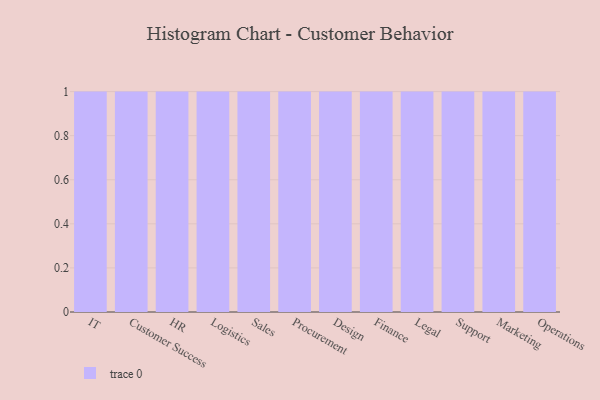
{"axis": {"x": "Department", "y": "Headcount"}, "legend": [""], "data": [{"x": "IT", "y": 78, "type": ""}, {"x": "Customer Success", "y": 2, "type": ""}, {"x": "HR", "y": 16, "type": ""}, {"x": "Logistics", "y": 7, "type": ""}, {"x": "Sales", "y": 63, "type": ""}, {"x": "Procurement", "y": 36, "type": ""}, {"x": "Design", "y": 6, "type": ""}, {"x": "Finance", "y": 27, "type": ""}, {"x": "Legal", "y": 20, "type": ""}, {"x": "Support", "y": 62, "type": ""}, {"x": "Marketing", "y": 77, "type": ""}, {"x": "Operations", "y": 100, "type": ""}]}